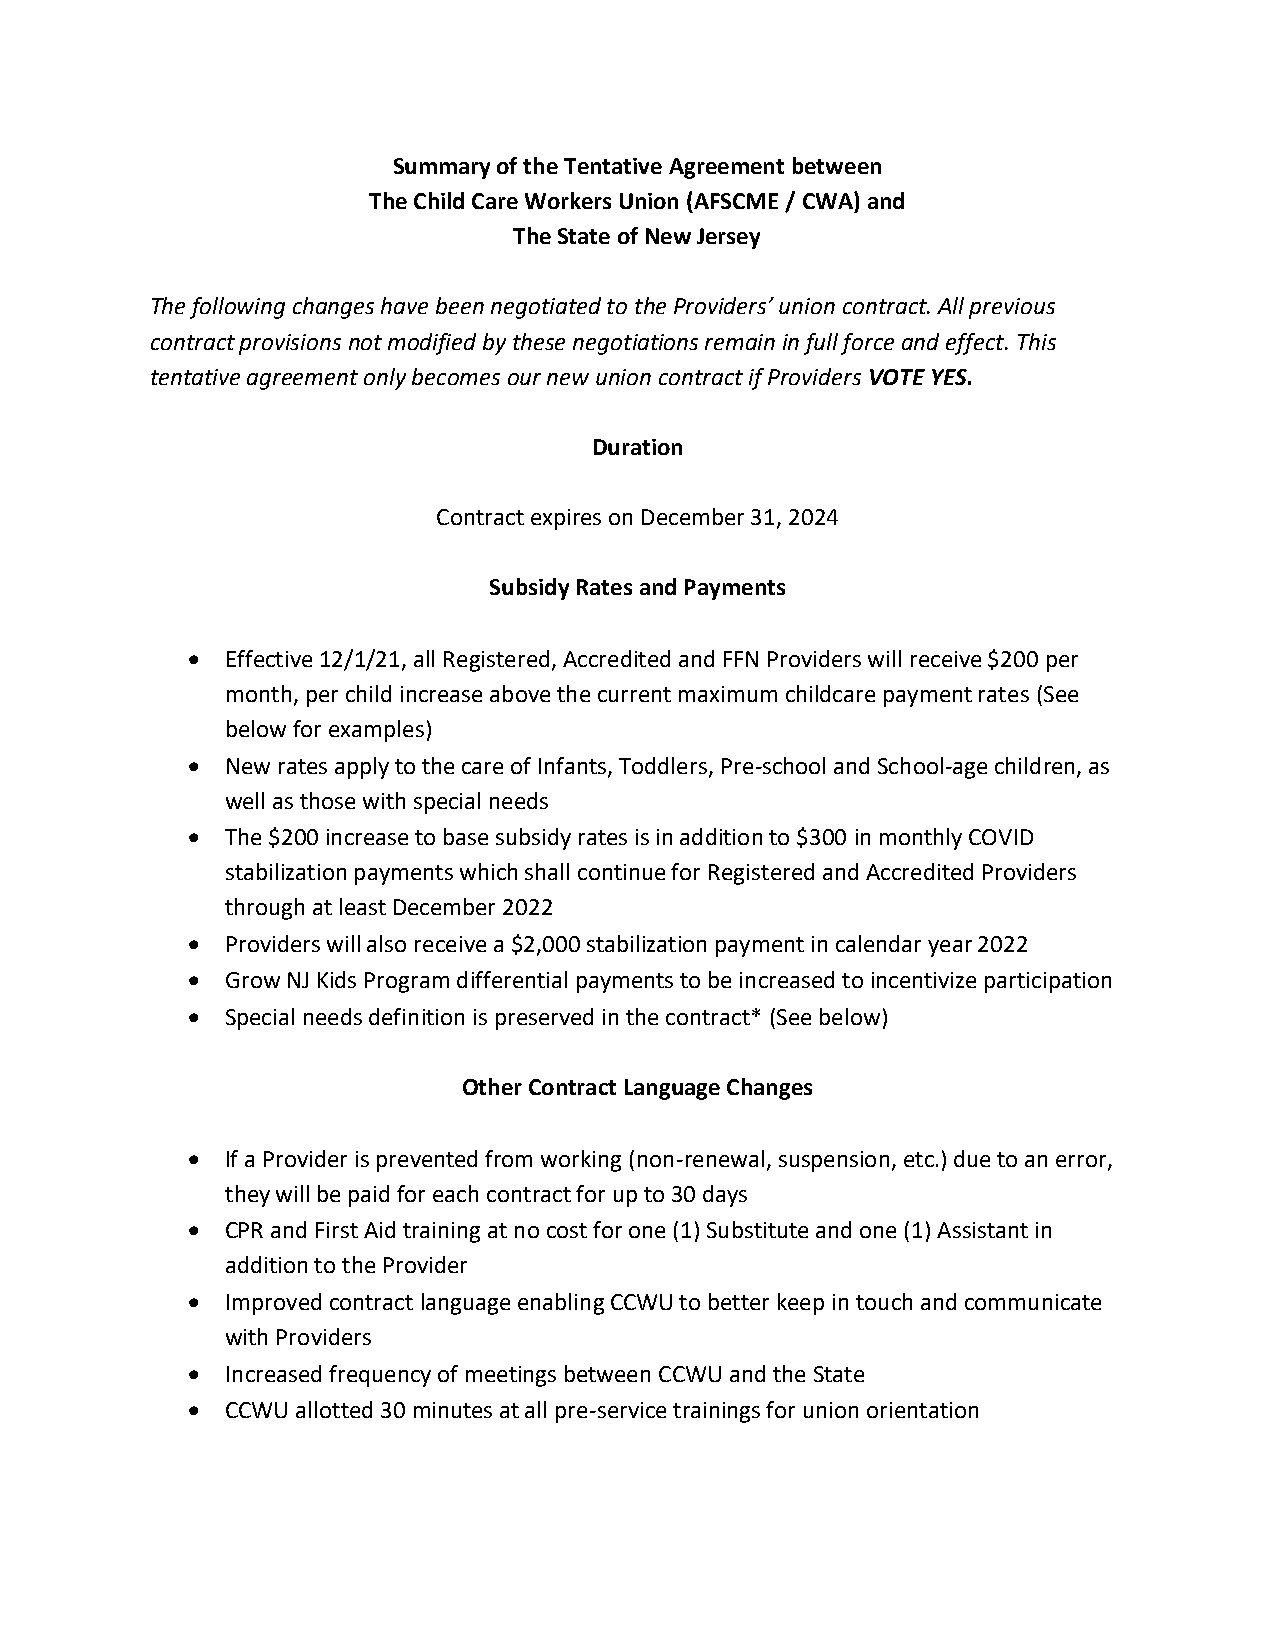
Summary of the Tentative Agreement between
 The Child Care Workers Union (AFSCME / CWA) and
 The State of New Jersey
 The following changes have been negotiated to the Providers’ union contract. All previous
 contract provisions not modified by these negotiations remain in full force and effect. This
 tentative agreement only becomes our new union contract if Providers VOTE YES.
 Duration
 Contract expires on December 31, 2024
 Subsidy Rates and Payments
 •  Effective 12/1/21, all Registered, Accredited and FFN Providers will receive $200 per
 month, per child increase above the current maximum childcare payment rates (See
 below for examples)
 •  New rates apply to the care of Infants, Toddlers, Pre-school and School-age children, as
 well as those with special needs
 •  The $200 increase to base subsidy rates is in addition to $300 in monthly COVID
 stabilization payments which shall continue for Registered and Accredited Providers
 through at least December 2022
 •  Providers will also receive a $2,000 stabilization payment in calendar year 2022
 •  Grow NJ Kids Program differential payments to be increased to incentivize participation
 •  Special needs definition is preserved in the contract* (See below)
 Other Contract Language Changes
 •  If a Provider is prevented from working (non-renewal, suspension, etc.) due to an error,
 they will be paid for each contract for up to 30 days
 •  CPR and First Aid training at no cost for one (1) Substitute and one (1) Assistant in
 addition to the Provider
 •  Improved contract language enabling CCWU to better keep in touch and communicate
 with Providers
 •  Increased frequency of meetings between CCWU and the State
 •  CCWU allotted 30 minutes at all pre-service trainings for union orientation